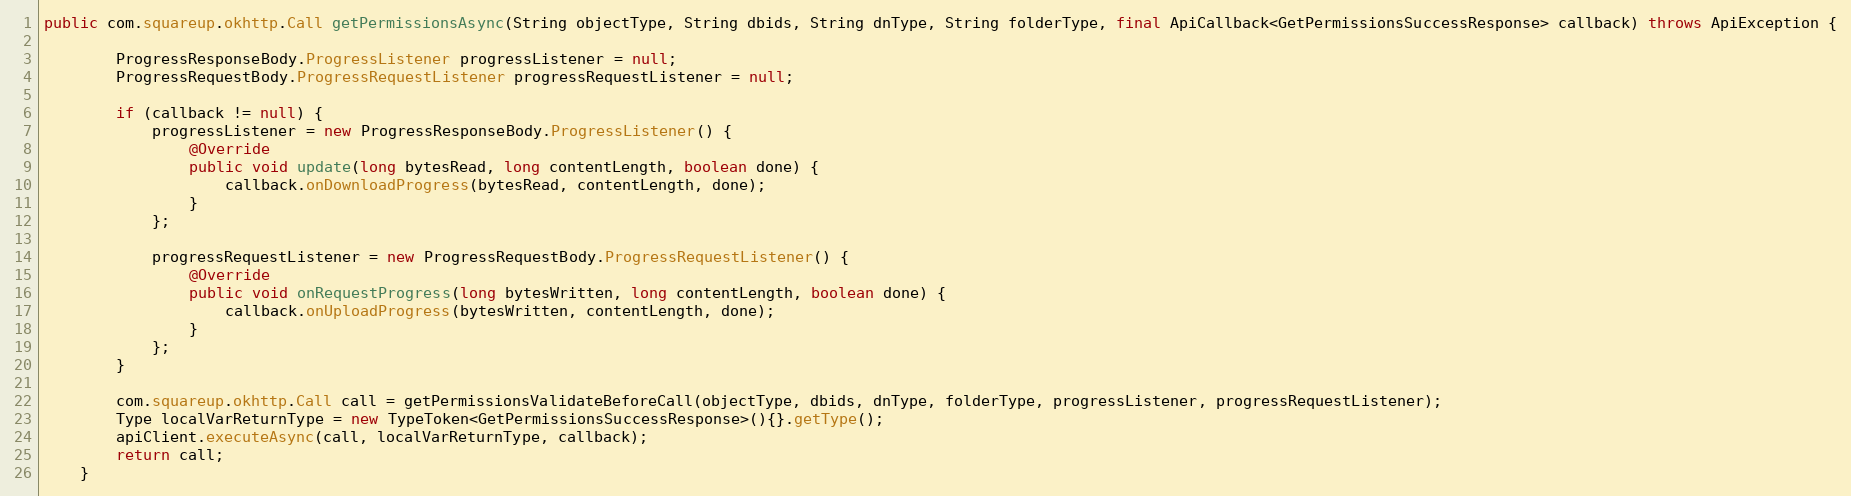
Language: Java
public com.squareup.okhttp.Call getPermissionsAsync(String objectType, String dbids, String dnType, String folderType, final ApiCallback<GetPermissionsSuccessResponse> callback) throws ApiException {

        ProgressResponseBody.ProgressListener progressListener = null;
        ProgressRequestBody.ProgressRequestListener progressRequestListener = null;

        if (callback != null) {
            progressListener = new ProgressResponseBody.ProgressListener() {
                @Override
                public void update(long bytesRead, long contentLength, boolean done) {
                    callback.onDownloadProgress(bytesRead, contentLength, done);
                }
            };

            progressRequestListener = new ProgressRequestBody.ProgressRequestListener() {
                @Override
                public void onRequestProgress(long bytesWritten, long contentLength, boolean done) {
                    callback.onUploadProgress(bytesWritten, contentLength, done);
                }
            };
        }

        com.squareup.okhttp.Call call = getPermissionsValidateBeforeCall(objectType, dbids, dnType, folderType, progressListener, progressRequestListener);
        Type localVarReturnType = new TypeToken<GetPermissionsSuccessResponse>(){}.getType();
        apiClient.executeAsync(call, localVarReturnType, callback);
        return call;
    }